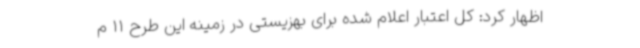
اظهار کرد: کل اعتبار اعلام شده برای بهزیستی در زمینه این طرح 11 م